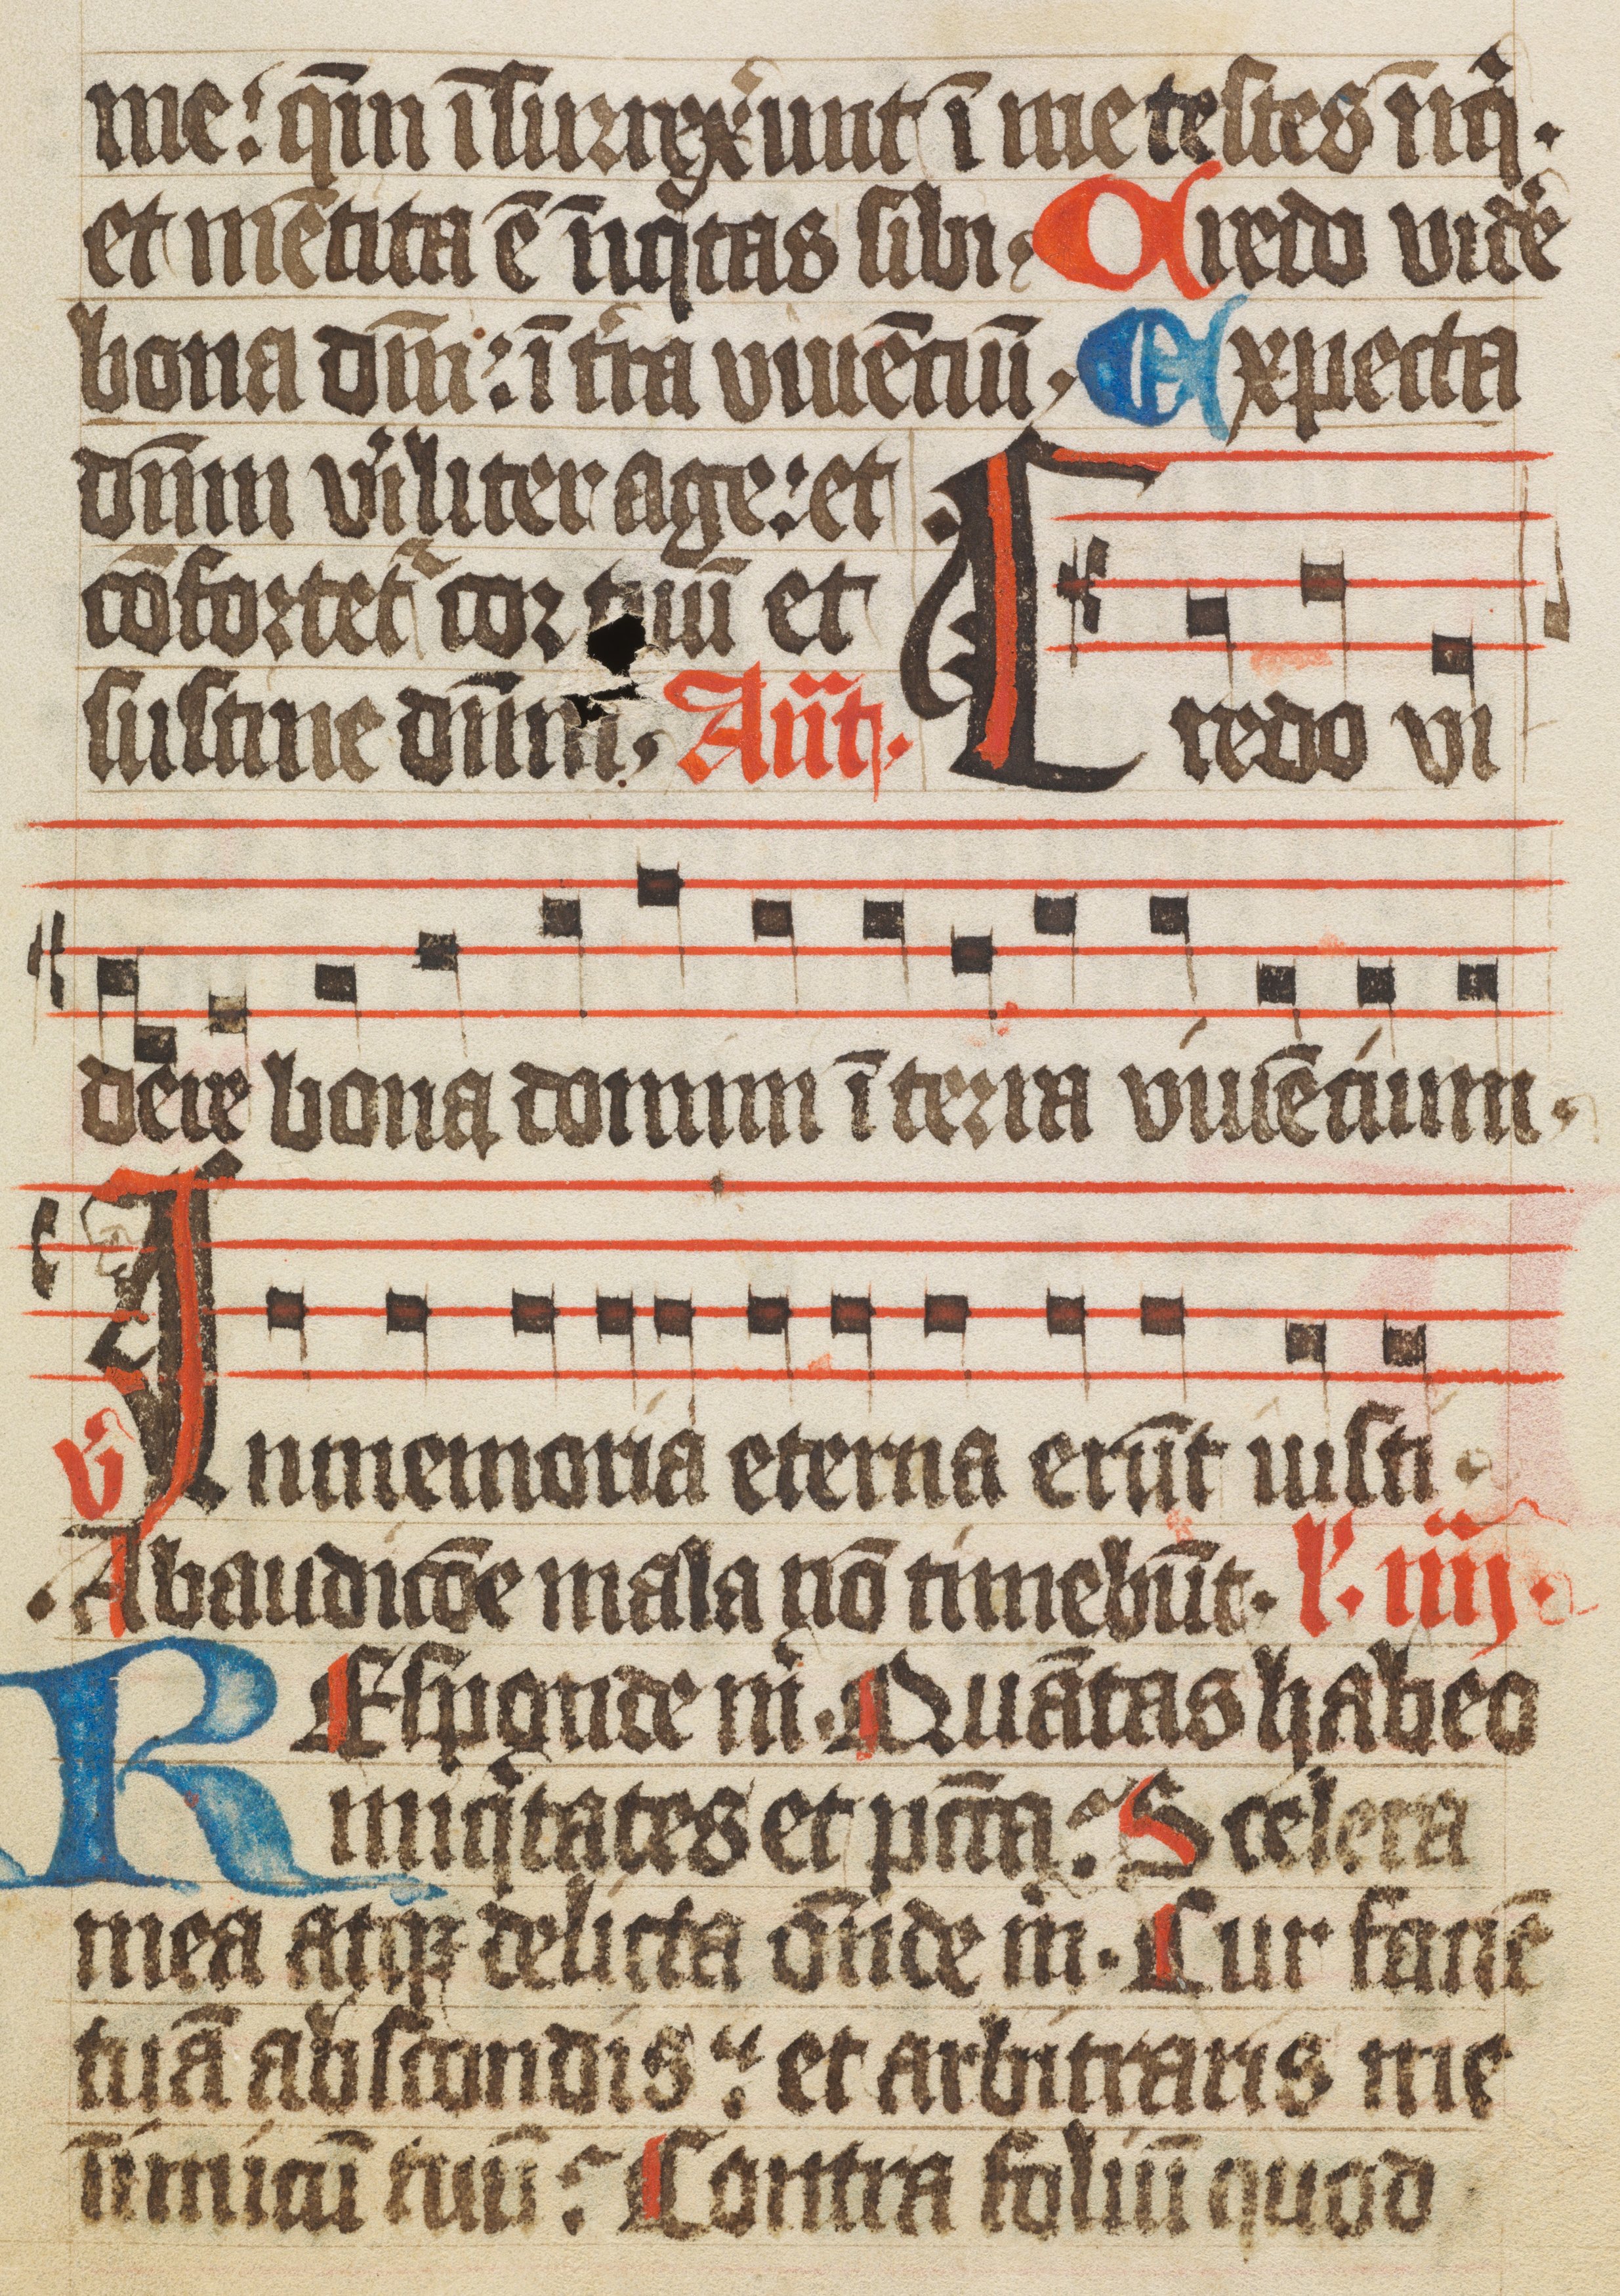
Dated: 1400–1449